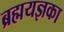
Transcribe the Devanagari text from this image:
ब्रह्मयज्ञका